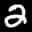
Label: 2